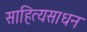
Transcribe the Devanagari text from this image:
साहित्यसाधन